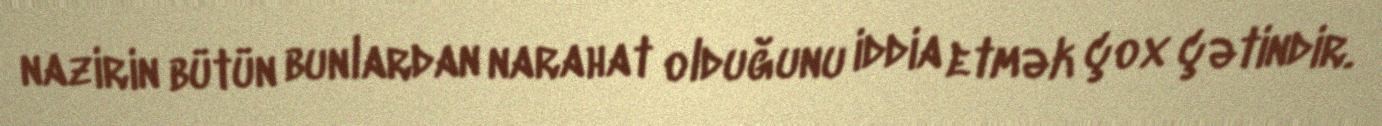
nazirin bütün bunlardan narahat olduğunu iddia etmək çox çətindir.